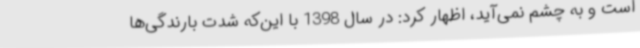
است و به چشم نمی‌آید، اظهار کرد: در سال 1398 با این‌که شدت بارندگی‌ها